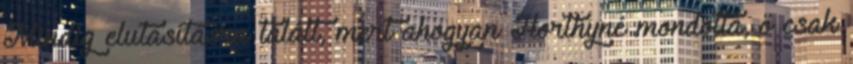
Mindig elutasításra talált, mert ahogyan Horthyné mondotta, ő csak